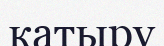
катыру